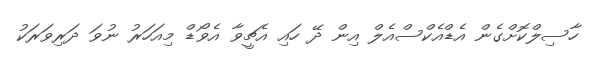
ހާސިލްކޮށްގެން އެޑްއެކްސްއެލް އިން ދޭ ހައި އެޗީވާ އެވޯޑް މިއަހަރު ނުވަ ދަރިވަރަކު